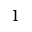
1